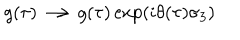
g ( \tau ) \longrightarrow g ( \tau ) \exp \left( i \theta ( \tau ) \sigma _ { 3 } \right)